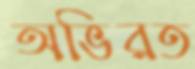
অভিরত